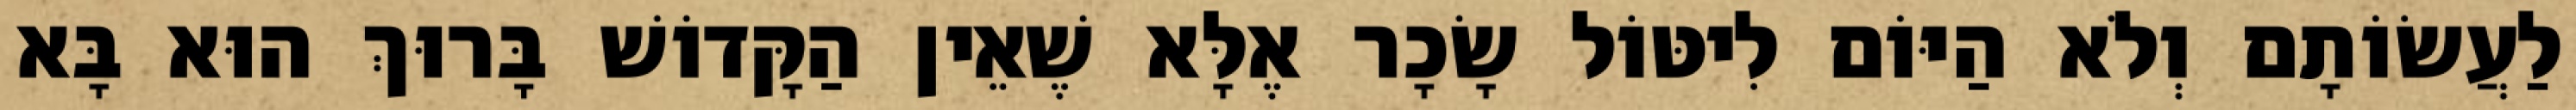
לַעֲשׂוֹתָם וְלֹא הַיּוֹם לִיטּוֹל שָׂכָר אֶלָּא שֶׁאֵין הַקָּדוֹשׁ בָּרוּךְ הוּא בָּא